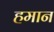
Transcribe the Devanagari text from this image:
हमान